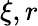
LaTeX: \xi,r